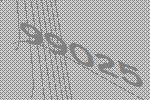
99025